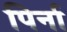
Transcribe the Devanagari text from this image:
पिर्ना